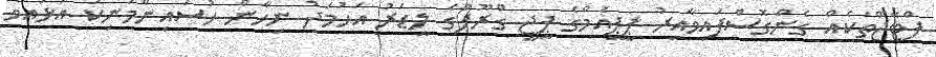
ފްޓޭޖްތަކެއް ގެންގޮސްފައިވާއިރު ޕީޕީއެމްގެ ޕީޖީ ގްރޫޕްގެ ލީޑަރު އަހުމަދު ނިހާން ހުސައިންމަނިކު އުޅުއްވާ